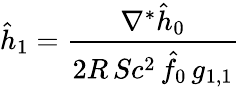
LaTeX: \hat{h}_{1}={\frac{\nabla^{*}\hat{h}_{0}}{2R\, Sc^{2}\, \hat{f}_{0}\, g_{1,1}}}